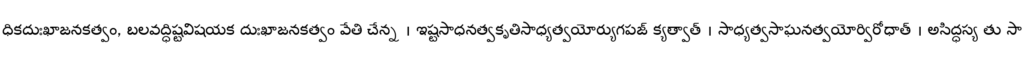
ధికదుఃఖాజనకత్వం, బలవద్ధిష్టవిషయక దుఃఖాజనకత్వం వేతి చేన్న । ఇష్టసాధనత్వకృతిసాధ్యత్వయోర్యుగపజ్ క్యత్వాత్ । సాధ్యత్వసాఘనత్వయోర్విరోధాత్ । అసిద్ధస్య తు సా